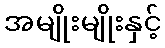
အမျိုးမျိုးနှင့်